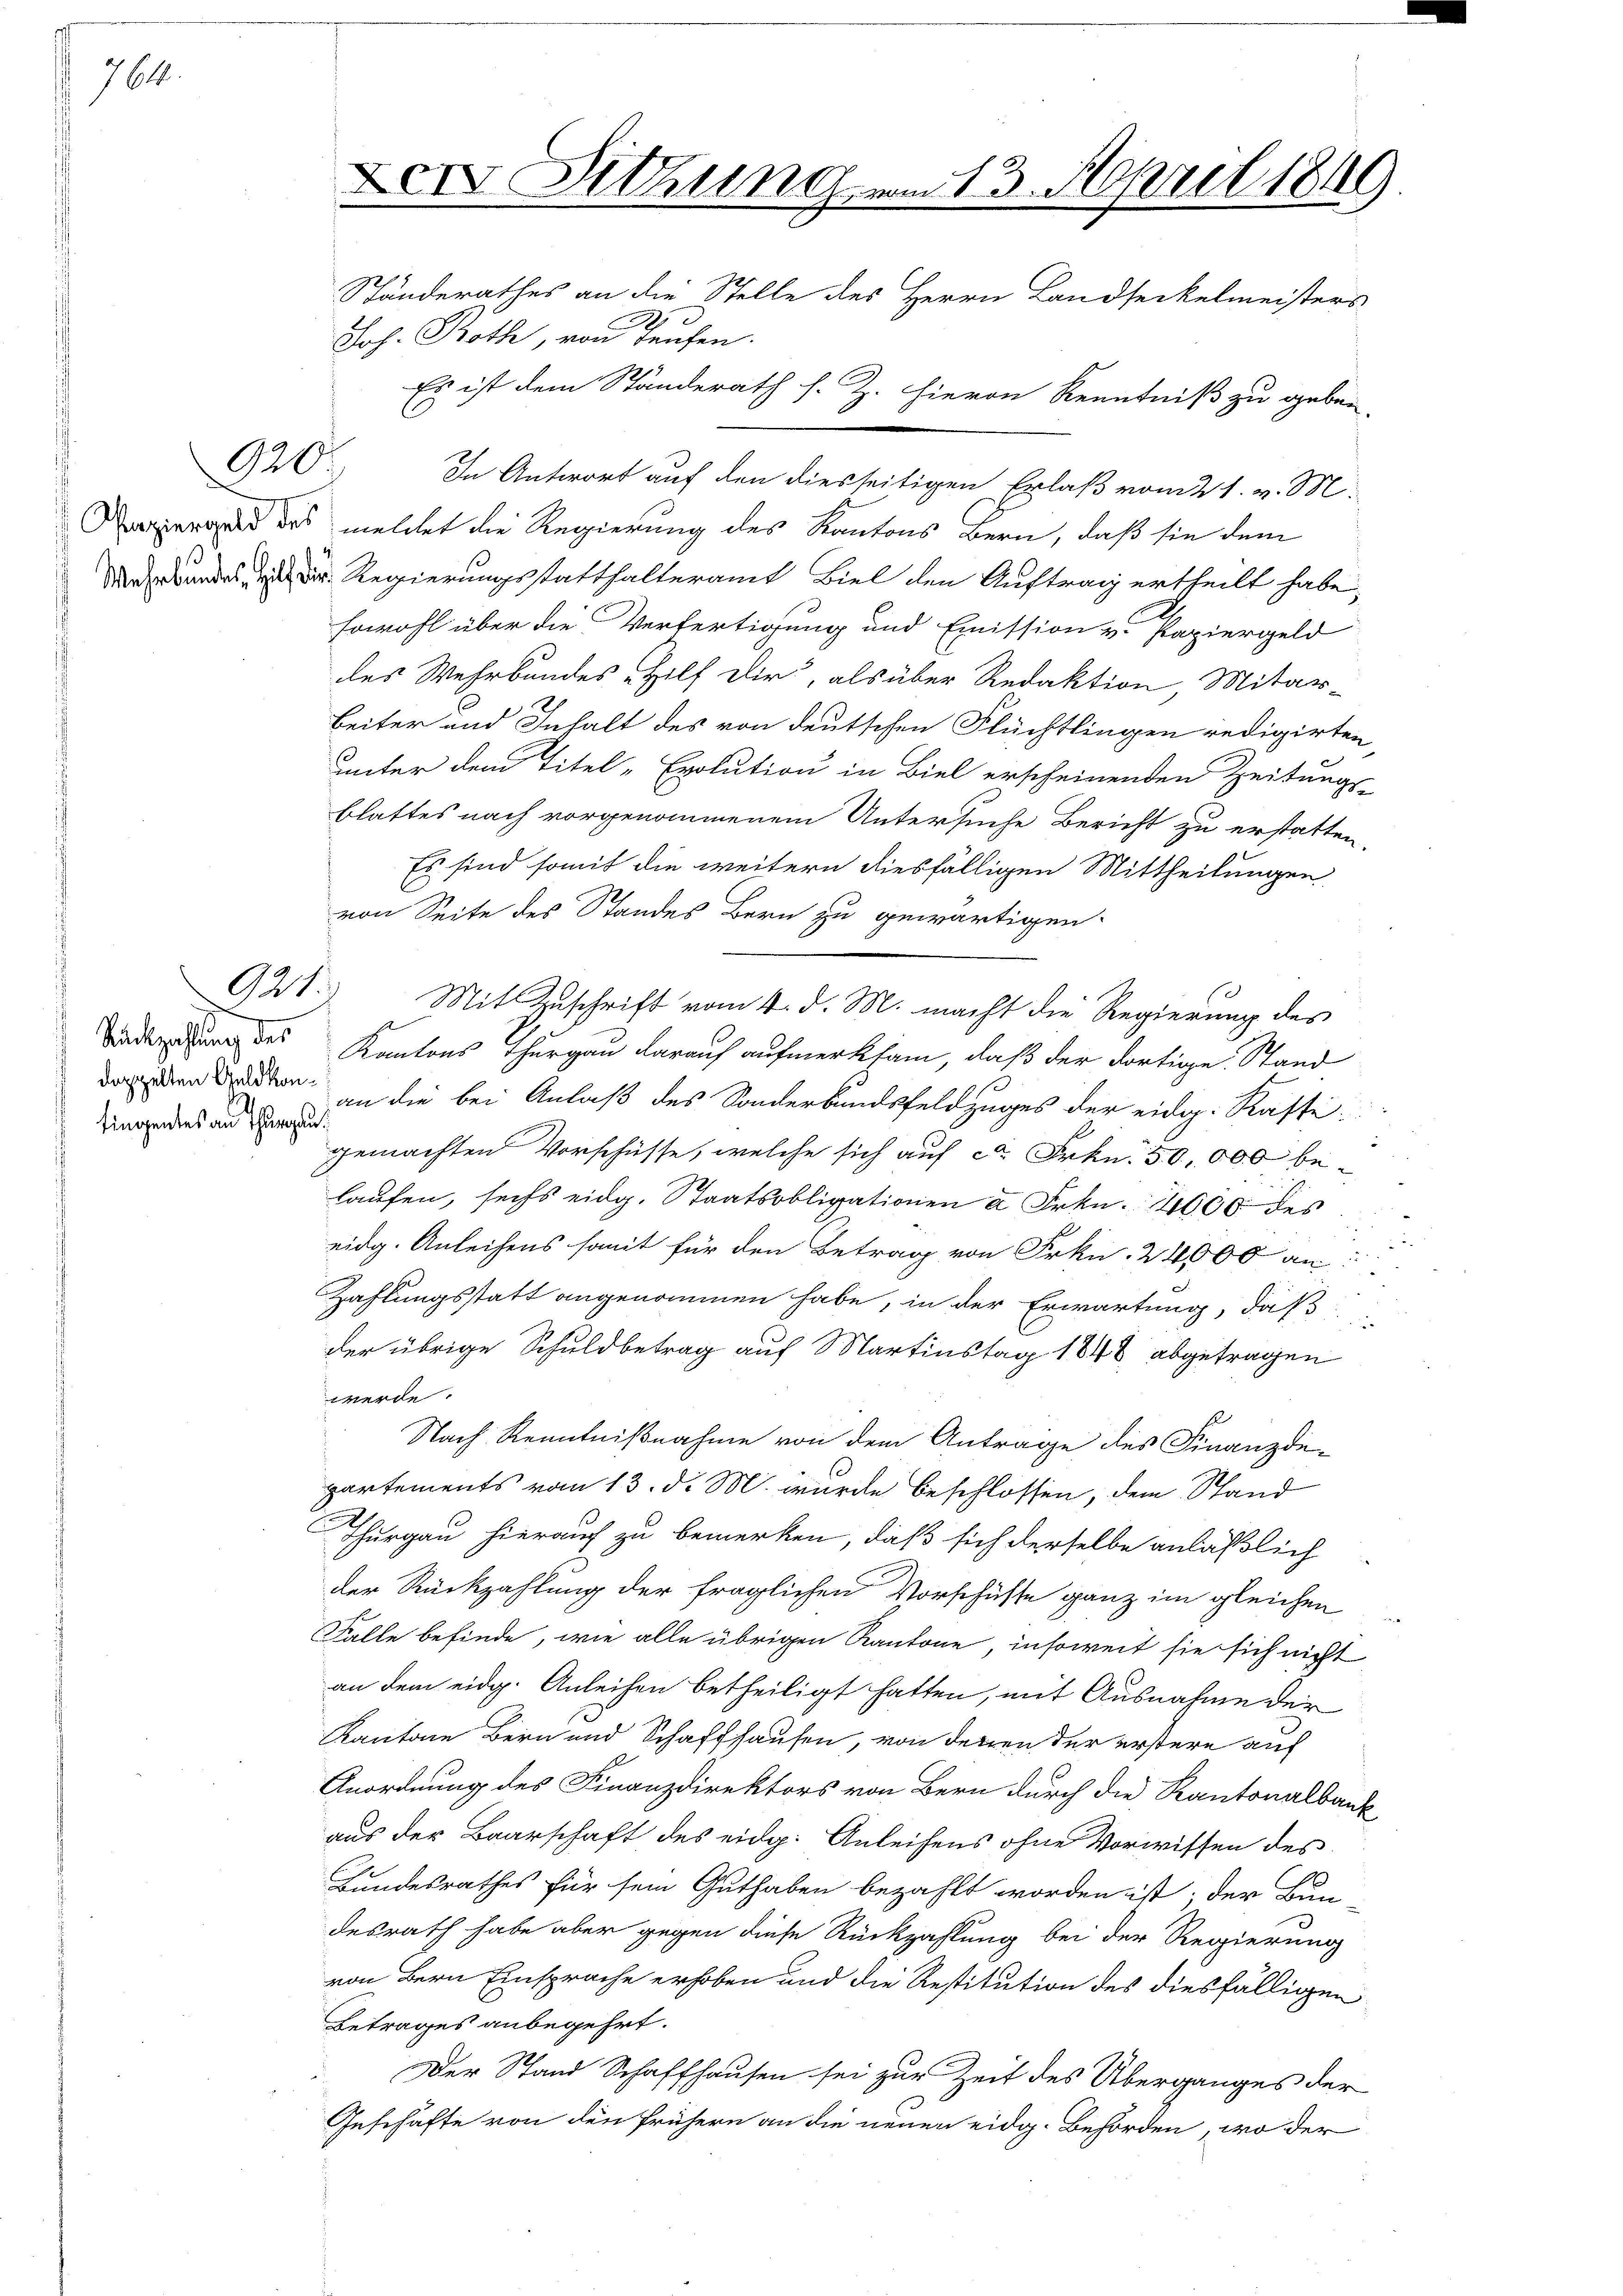
764.

921.

Sückzahlung des
fingentes au Thurg

Joh. Roth, von Taufen.

Der Sitzung am 13. April 1849
Ständerathes an die Stelle des Herrn Landseckelmeisters

Es ist dem Ständerath s. Z. Hievon Kenntniß zu geben,
620. In Antwort auf den diesseitigen Erlaß vom 21. v. M.
eraus des meldet die Regierung des Kantons Bern, daß sie dem
Drundes, der Regierungsstatthalteramt Biel den Auftrag ertheilt habe,
sowohl über die Verfertigung und Emission v. Papiergeld
des Wehrbandes Hilf Dir, als über Redaktion, Mitar-
beiter und Inhalt des von deutschen Flüchtlingen redigirten
unter dem Titel-Evolution in Biel erscheinenden Zeitungs-
blattes nach vorgenommenem Untersuche Bericht zu erstatten,
Es sind somit die weitern diesfälligen Mittheilungen
von Seite des Standes Bern zu gewärtigen.
Mit Zuschrift vom 4. d. M. macht die Regierung des
Kantons Thurgau darauf aufmerksam, daß der dortige Stand
den den an die bei Anlaß des Sonderbundsfeldzuges der eidg. Kaste
gemachten Vorschüsse, welche sich auf ca Frkn. 50,000 be-
laufen, sechs eidg. Staatsobligationen à Frkn. 1000 des
eidg. Anleihens somit für den Betrag von Frkn. 24000 an:
Zahlungsstatt angenommen habe, in der Erwartung, daß
der übrige Schuldbetrag auf Martinstag 1848 abgetragen
werde.
Nach Kenntnißnahme von dem Antrage des Finanzdipartements vom 13. d. M. wurde beschlossen, dem Stand
Thurgau hierauf zu bemerken, daß sich derselbe anläßlich
der Rückzahlung der fraglichen Vorschüsse ganz im gleichen
Falle befinde, wie alle übrigen Kantone, insoweit sie sich nicht
an dem eidg. Anleihen betheiligt hatten, mit Ausnahme der
Kantone Bern und Schaffhausen, von denen der erstere auf
Anordnung des Finanzdirektors von Bern durch die Kantonalbank
aus der Baarschaft des eidg. Anleihens ohne Vorwissen des
Bundesrathes für sein Guthaben bezahlt worden ist; der Bun-
desrath habe aber gegen diese Rückzahlung bei der Regierung
von Bern Einsprache erhoben und die Restitution des diesfälligen
Betrages anbegehrt.
Der Stand Schaffhausen sei zur Zeit des Überganges der
Geschäfte von den frühern an die neuen eidg. Behörden, wo der